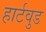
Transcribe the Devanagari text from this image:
हार्टवुड